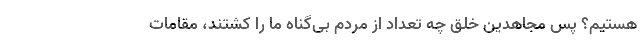
هستیم؟ پس مجاهدین خلق چه تعداد از مردم بی‌گناه ما را کشتند، مقامات